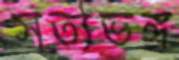
সত্যভঙ্গ